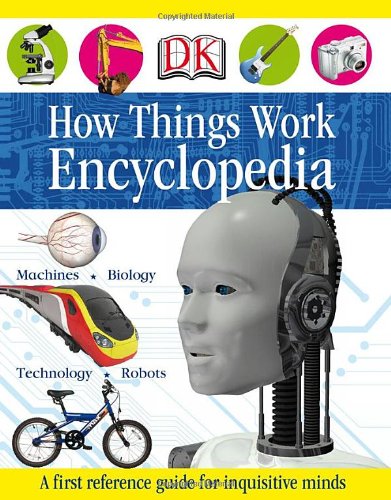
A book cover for How Things Work Encyclopedia; DK Publishing; Children's Books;